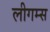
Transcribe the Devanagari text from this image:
लीगम्स